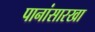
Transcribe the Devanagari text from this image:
पानांसारखा